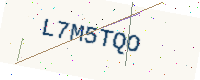
Text: L7M5TQO